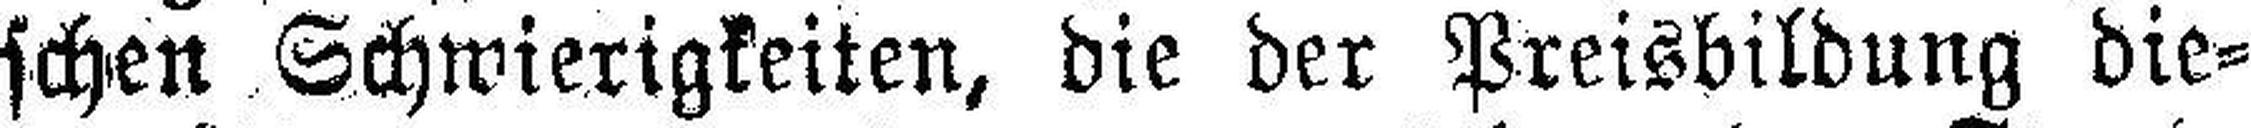
schen Schwierigkeiten, die der Preisbildung die¬